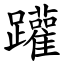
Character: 䠰